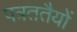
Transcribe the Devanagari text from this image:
पत्रततैयों